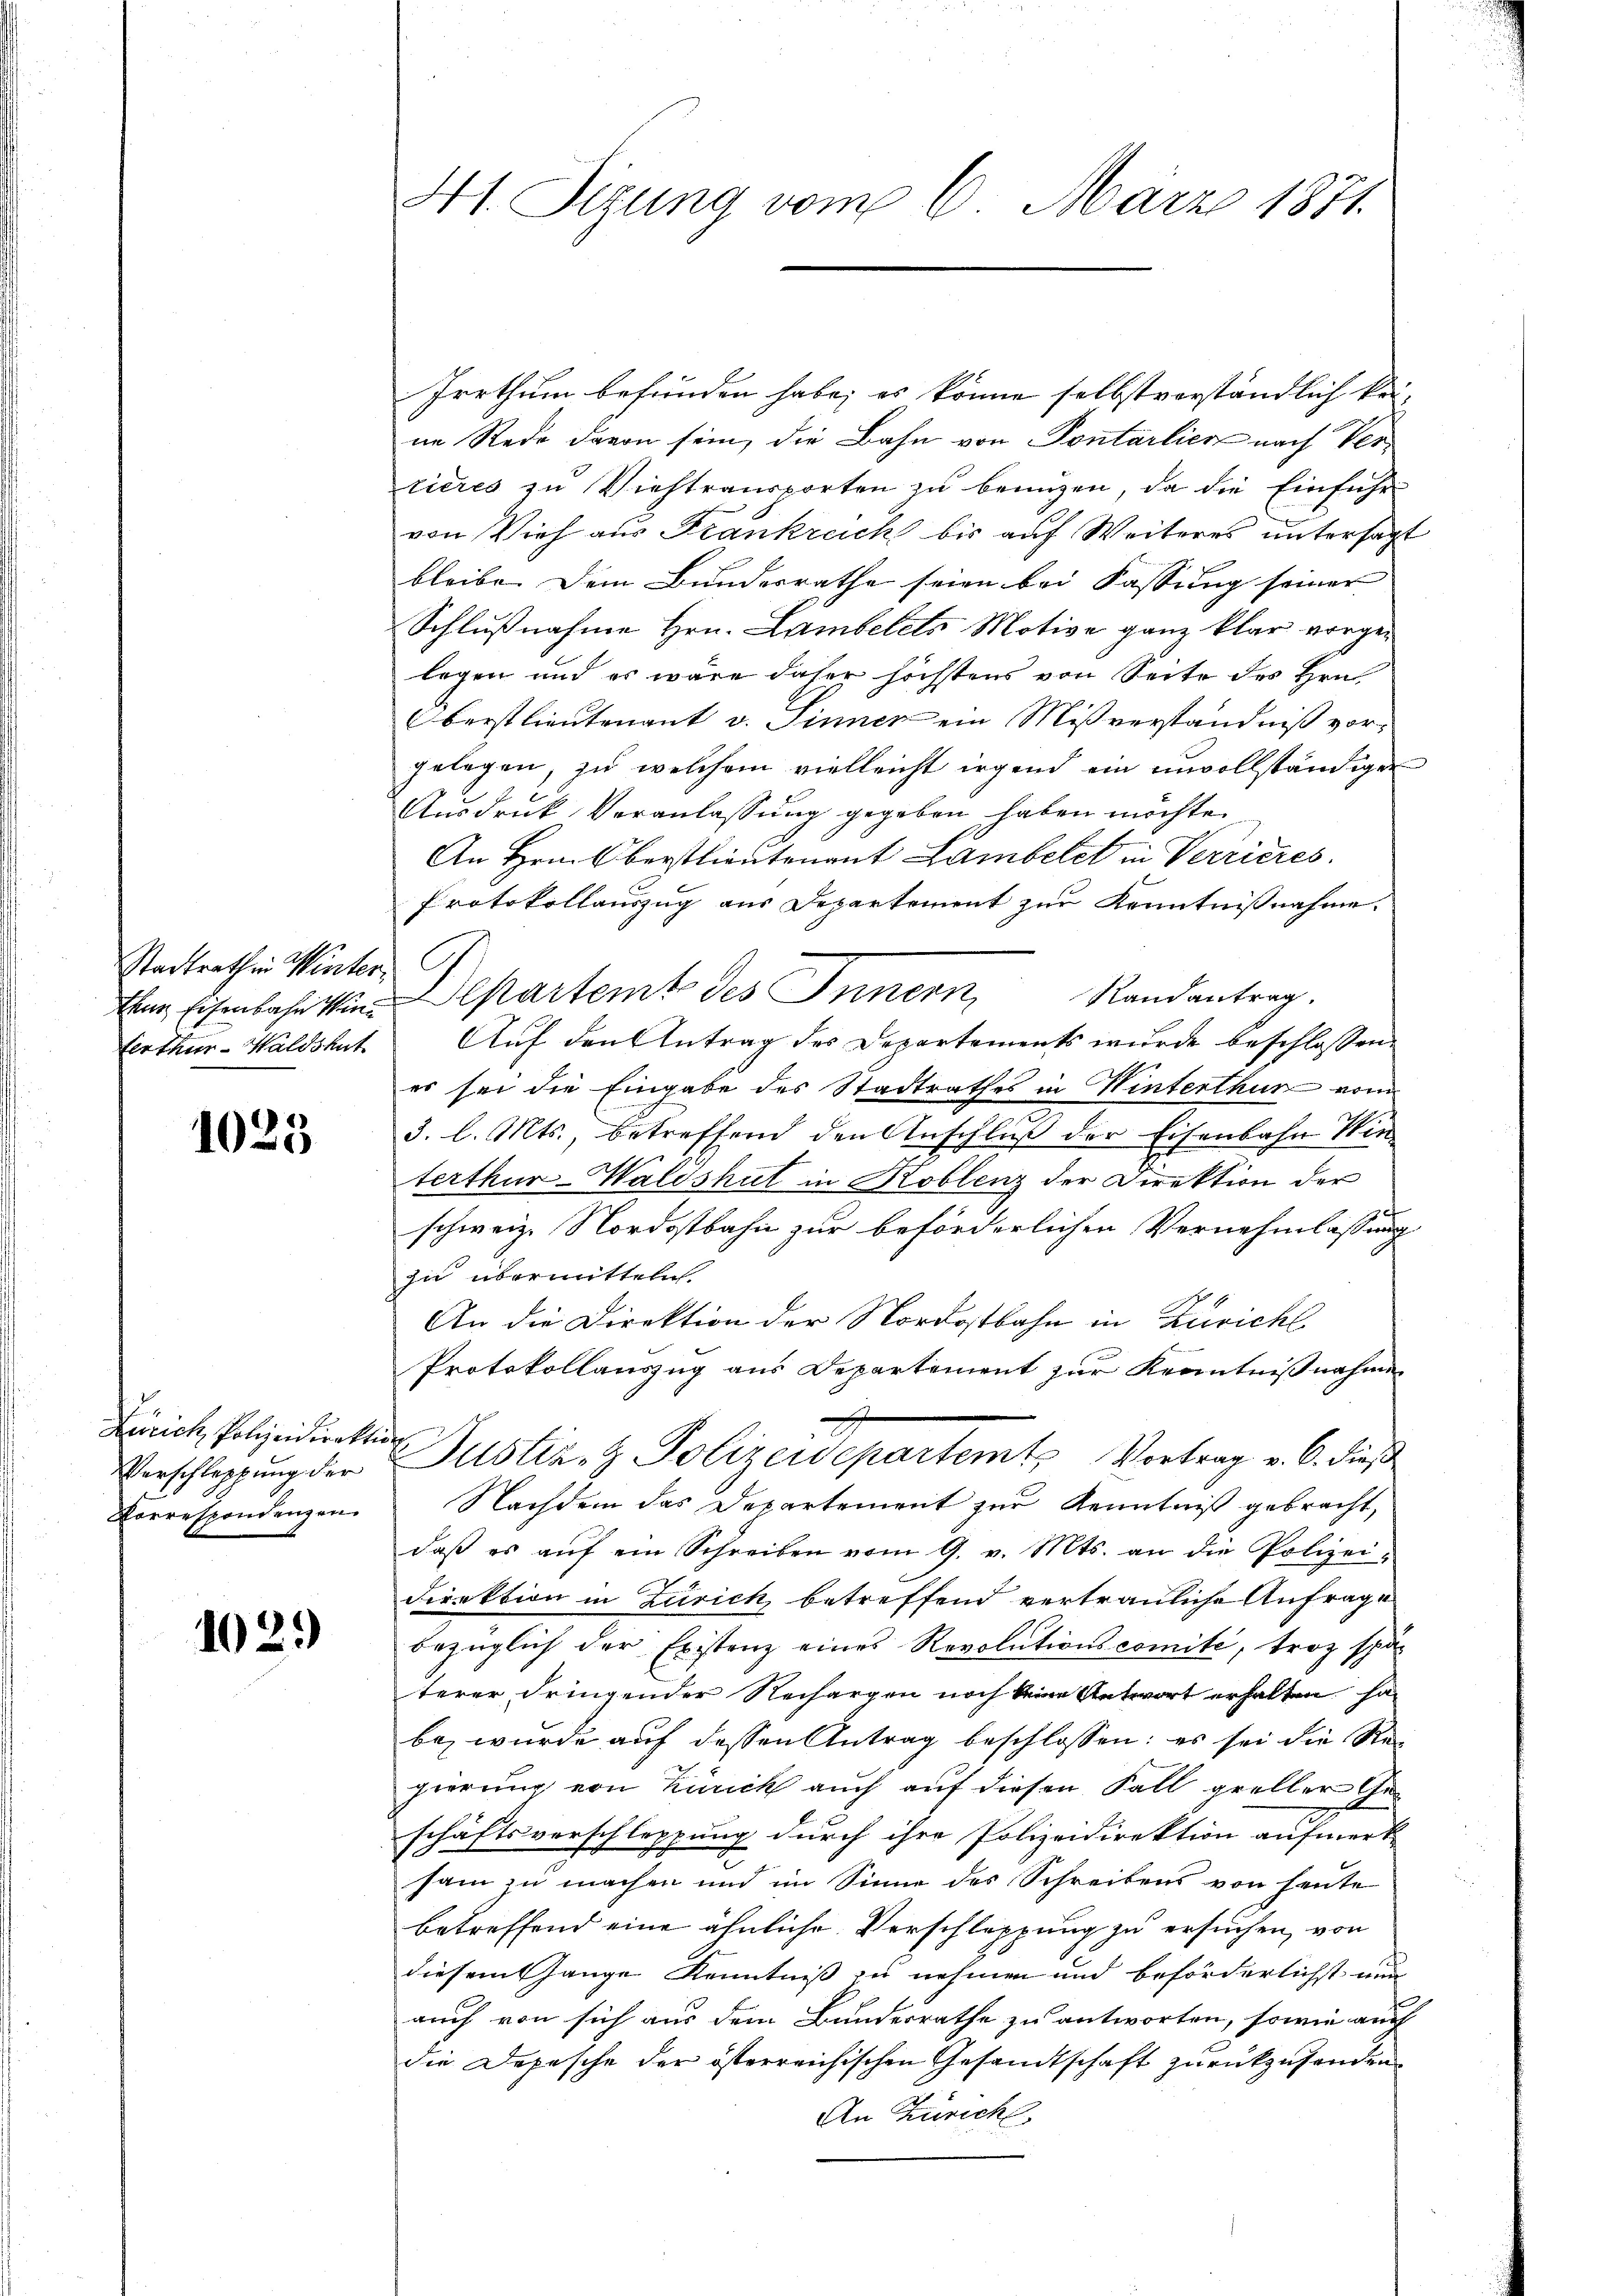
Stadtrath in Winter

1025

Zürich, Polizeidirektion
Korrespondenzen

1029

41. Sizung vom 6. März 1871.

Irrthum befunden habe; es könne selbst vorständlich keine Rede davon sein, die Bahn von Pontarlier nach Vertieres zu Viehtransporten zu benuzen, da die Einführ
von Vieh aus Frankreich bis auf Weiteres untersagt
bleibe. Dem Bundesrathe seien bei Fassung seiner
Schlußnahme Hrn. Lambelets Motive ganz klar vorgelegen und es wäre daher höchstens von Seite des Hrn.
berstlieutenant v. Sinner ein Mißverständniß vorgelegen, zu welchem vielleicht irgend ein unvollständiger
Ausdruck Veranlassung gegeben haben möchte.
An Hrn. Oberstlieutenant Lambelct in Verrieres.
Protokollauszug aus Departement zur Kenntnißnahme.
Eine Eisenbahn in Departemt des Innern Randantrag.
Certhur-Waldshut. Auf den Antrag des Departements wurde beschlossen
es sei die Eingabe des Stadtrathes in Winterthur vom
3. l. Mts., betreffend den Anschluß der Eisenbahn Win
terthur-Waldshut in Koblenz der Direktion der
schweiz. Nordostbahn zur beförderlichen Vernehmlassung
zu übermitteln.
An die Direktion der Nordostbahn in Züricht
Protokollauszug aus Departement zur Kenntnißnahme
Verschleppung der Justiz- & Polizeidepartemt Vortrag v. 6. dieß
Nachdem das Departement zur Kenntniß gebracht,
daß es aŭf ein Schreiben vom 9. v. Mts. an die Polizei-
Direktion in Zürich, betreffend vertrauliche Anfrage
bezüglich der Existenz eines Revolutionscomite, troz spä-
terer dringender Rechargen noch keine Antwort erhalten ha
be, wurde auf dessen Antrag beschlossen: es sei die Regierung von Zürich auch auf diesen Fall greller Geschäftsverschleppung durch ihre Polizeidirektion aufmerk-
sam zu machen und im Sinne des Schreibens von heute
betreffend eine ähnliche Verschleppung zu ersuchen, von
diesem Gange Kenntniß zu nehmen und beförderlichst nun
auch von sich aus dem Bundesrathe zu antworten, sowie auch
die Depesche der österreichischen Gesandtschaft zurückzusenden.
An Zürich